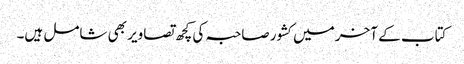
کتاب کے آخر میں کشور صاحبہ کی کچھ تصاویر بھی شامل ہیں۔